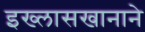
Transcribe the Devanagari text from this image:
इख्लासखानाने